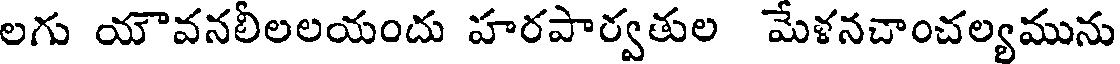
లగు యౌవనలీలలయందు హరపార్వతుల మేళనచాంచల్యమును